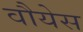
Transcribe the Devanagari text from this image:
वौयेस